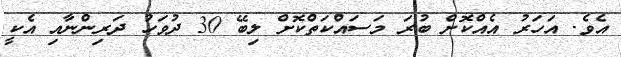
އެވެ. އަހަރު އެއްކޮށް ބުރަ މަސައްކަތްކޮށް ލިބޭ 30 ދުވަހު ދަރިންނާއި އެކީ